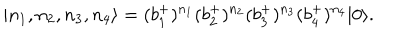
\left| n _ { 1 } , n _ { 2 } , n _ { 3 } , n _ { 4 } \right\rangle = ( b _ { 1 } ^ { + } ) ^ { n _ { 1 } } ( b _ { 2 } ^ { + } ) ^ { n _ { 2 } } ( b _ { 3 } ^ { + } ) ^ { n _ { 3 } } ( b _ { 4 } ^ { + } ) ^ { n _ { 4 } } | 0 \rangle .